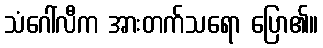
သံဂေါ်လီက အားတက်သရော ပြော၏။